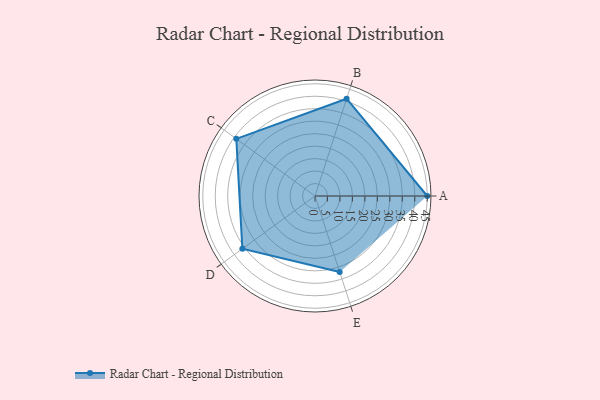
{"axis": {"x": "Skill", "y": "Score"}, "legend": ["Profile"], "data": [{"x": "A", "y": 45.0, "type": "Profile"}, {"x": "B", "y": 41.0, "type": "Profile"}, {"x": "C", "y": 39.0, "type": "Profile"}, {"x": "D", "y": 36.0, "type": "Profile"}, {"x": "E", "y": 32.0, "type": "Profile"}]}